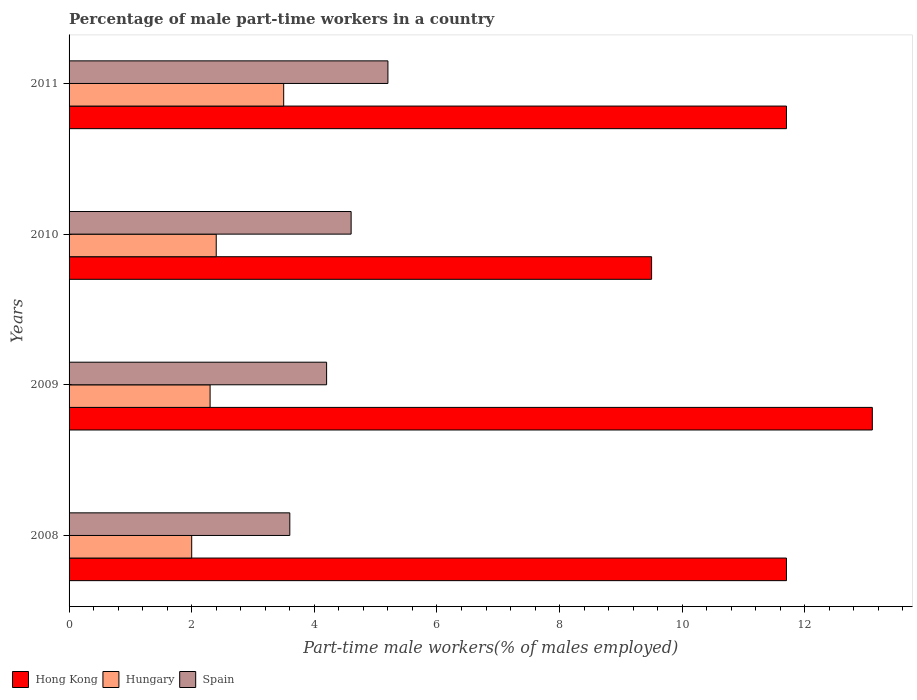
| Years | Hong Kong | Hungary | Spain |
 | --- | --- | --- | --- |
 | 2008 | 11.7 | 2 | 3.6 |
 | 2009 | 13.1 | 2.3 | 4.2 |
 | 2010 | 9.5 | 2.4 | 4.6 |
 | 2011 | 11.7 | 3.5 | 5.2 |